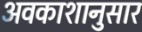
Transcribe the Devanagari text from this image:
अवकाशानुसार